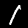
Digit: 1